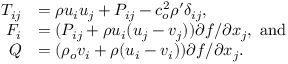
\begin{array} { r l } { T _ { i j } } & { = \rho u _ { i } u _ { j } + P _ { i j } - c _ { o } ^ { 2 } \rho ^ { \prime } \delta _ { i j } , } \\ { F _ { i } } & { = ( P _ { i j } + \rho u _ { i } ( u _ { j } - v _ { j } ) ) { \partial f } / { \partial x _ { j } } , ~ \mathrm { a n d } } \\ { Q } & { = ( \rho _ { o } v _ { i } + \rho ( u _ { i } - v _ { i } ) ) { \partial f } / { \partial x _ { j } } . } \end{array}